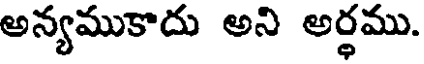
అన్యముకాదు అని అర్ధము.